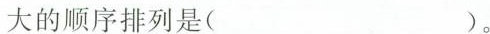
大的顺序排列是()。